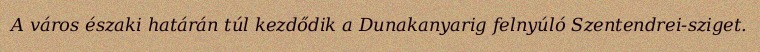
A város északi határán túl kezdődik a Dunakanyarig felnyúló Szentendrei-sziget.